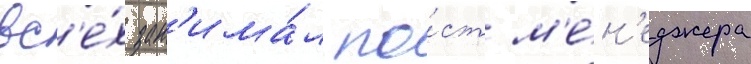
вс'е́х зан'има́л по́ст м'е́н'еджера